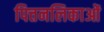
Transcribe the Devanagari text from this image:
पित्तनलिकाओं